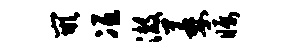
嵌冱澈萎瞩